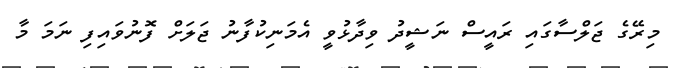
މިރޭގެ ޖަލްސާގައި ރައީސް ނަޝީދު ވިދާޅުވީ އެމަނިކުފާނު ޖަލަށް ފޮނުވައިފި ނަމަ މާ